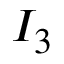
I _ { 3 }